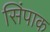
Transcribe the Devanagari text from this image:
सिंपाक